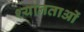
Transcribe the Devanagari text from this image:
श्यानताओं